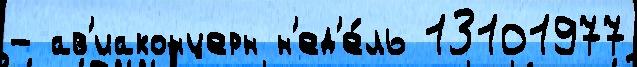
- ав'иаконцерн н'ед'е́ль 13101977